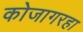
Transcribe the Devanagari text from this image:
कोजागरहा